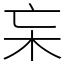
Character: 杗